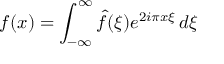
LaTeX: f ( x ) = \int _ { - \infty } ^ { \infty } { \hat { f } } ( \xi ) e ^ { 2 i \pi x \xi } \, d \xi